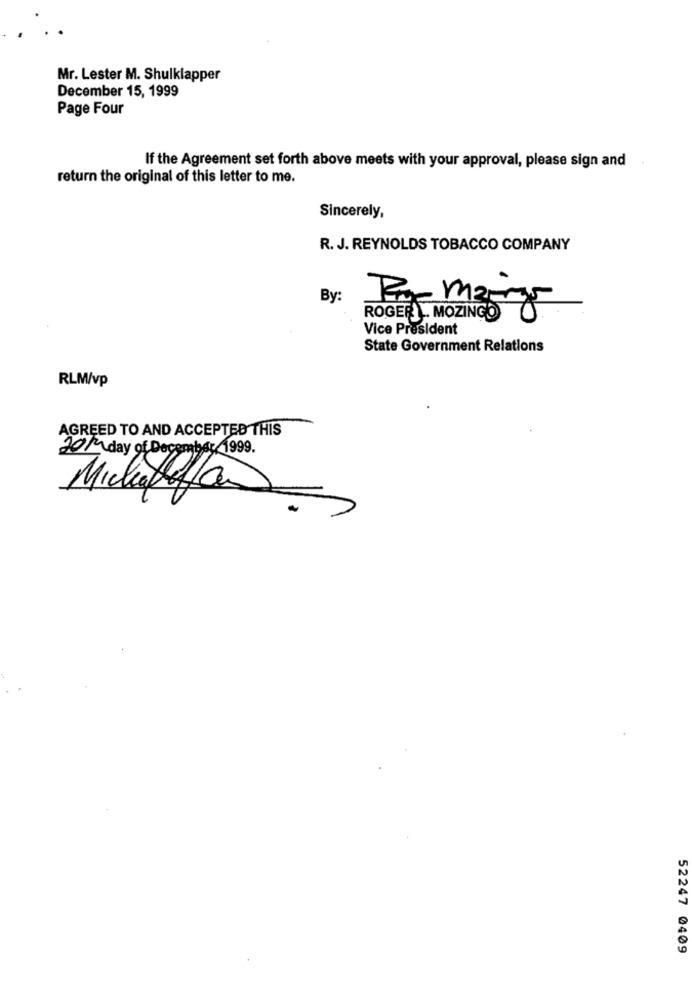
Mr. Lester M. Shulklapper
December 15, 1999
Page Four
If the Agreement set forth above meets with your approval, please sign and
return the original of this letter to me.
Sincerely,
R. J. REYNOLDS TOBACCO COMPANY
By:
ROGER . MOZINGO
Vice President
State Government Relations
RLM/vp
AGREED TO AND ACCEPTED THIS
2014 day of December 1999.
Michaela
52247 0409